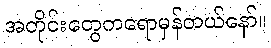
အတိုင်းတွေကရောမှန်တယ်နော်။